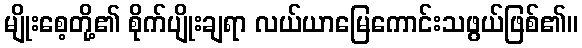
မျိုးစေ့တို့၏ စိုက်ပျိုးချရာ လယ်ယာမြေကောင်းသဖွယ်ဖြစ်၏။